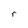
Character: r